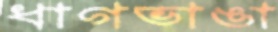
ধাগভাঙা